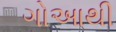
ગોઆથી